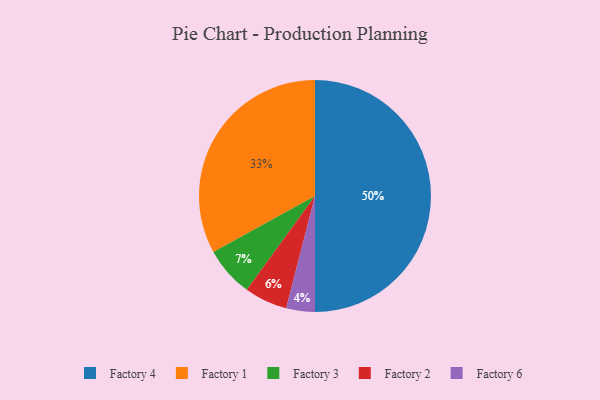
{"axis": {"x": "Category", "y": "Percentage"}, "legend": ["Factory 1", "Factory 2", "Factory 3", "Factory 4", "Factory 6"], "data": [{"x": "Factory 3", "y": 7, "type": "Factory 3"}, {"x": "Factory 2", "y": 6, "type": "Factory 2"}, {"x": "Factory 1", "y": 33, "type": "Factory 1"}, {"x": "Factory 6", "y": 4, "type": "Factory 6"}, {"x": "Factory 4", "y": 50, "type": "Factory 4"}]}